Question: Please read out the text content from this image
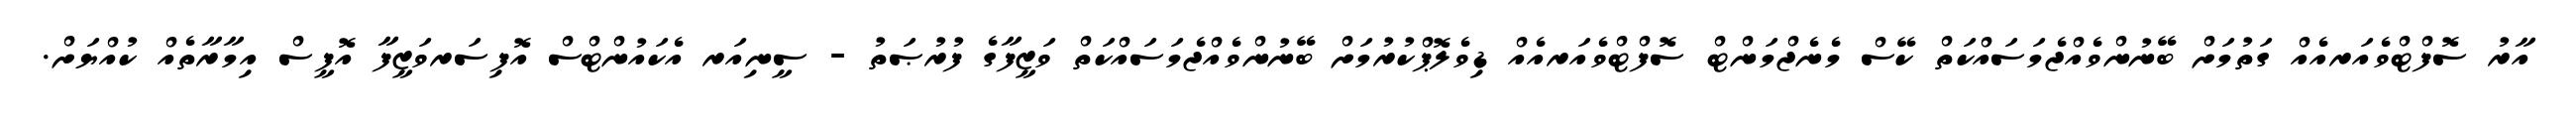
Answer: އާރު ސޮފްޓްވެއަރއެއް ގަތުމަށް ބޭނުންވެއްޖެމަސައްކަތް ކޭސް މެނެޖްމަންޓް ސޮފްޓްވެއަރއެއް ޑިވެލޮޕްކުރުމަށް ބޭނުންވެއްޖެމަސައްކަތް ވަޒީފާގެ ފުރުޞަތު - ސީނިއަރ އެކައުންޓްސް އޮފިސަރވަޒީފާ އޮފީސް އިމާރާތެއް ކުއްޔަށް.